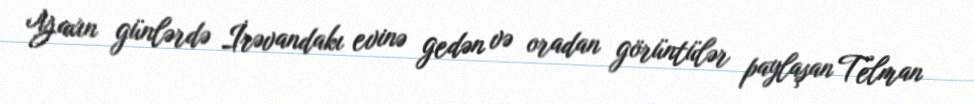
Yaxın günlərdə İrəvandakı evinə gedən və oradan görüntülər paylaşan Telman